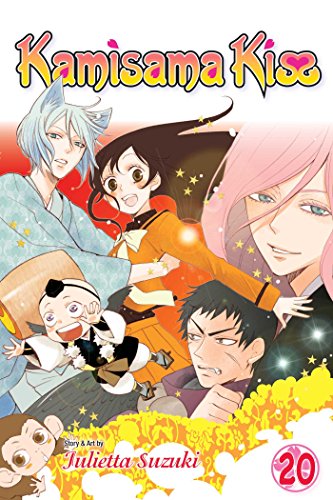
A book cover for Kamisama Kiss, Vol. 20; Julietta Suzuki; Comics & Graphic Novels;